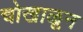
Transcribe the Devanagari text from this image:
चोखाळून